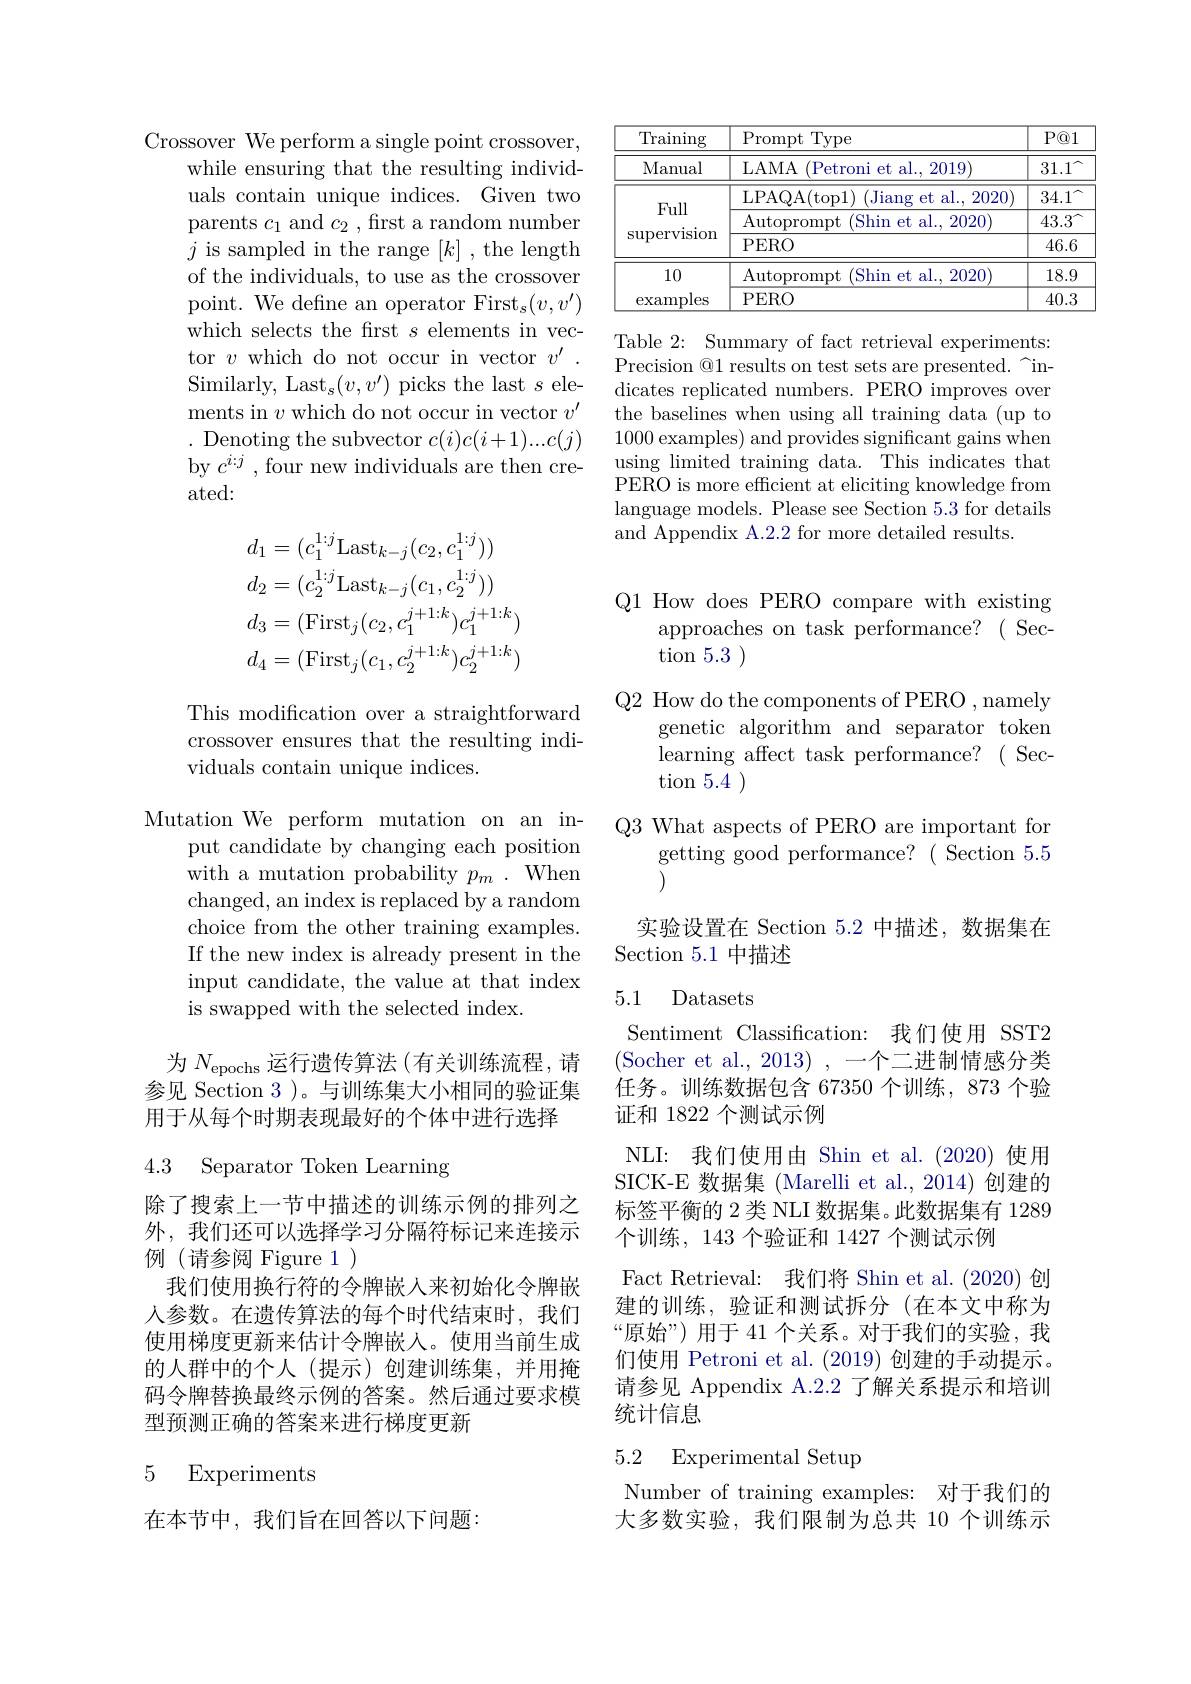
Crossover We perform a single point crossover,
while ensuring that the resulting individuals contain unique indices. Given two parents $c_1$ and $c_2$, first a random number $j$ is sampled in the range $[k]$ , the length of the individuals, to use as the crossover point. We define an operator First$_s(v,v^{\prime})$ which selects the first $s$ elements in vector $v$ which do not occur in vector $v^\prime$ Similarly, Last$_\mathrm{s}(v,v^{\prime})$ picks the last $s$ elements in $v$ which do not occur in vector $v^\prime$ . Denoting the subvector $c(i)c(i+1)...c(j)$ by $c^{i:j}$ , four new individuals are then created:
$$\begin{aligned}&d_{1}=(c_{1}^{1:j}\mathrm{Last}_{k-j}(c_{2},c_{1}^{1:j}))\\&d_{2}=(c_{2}^{1:j}\mathrm{Last}_{k-j}(c_{1},c_{2}^{1:j}))\\&d_{3}=(\mathrm{First}_{j}(c_{2},c_{1}^{j+1:k})c_{1}^{j+1:k})\\&d_{4}=(\mathrm{First}_{j}(c_{1},c_{2}^{j+1:k})c_{2}^{j+1:k})\end{aligned}$$
This modification over a straightforward crossover ensures that the resulting individuals contain unique indices.

Mutation We perform mutation on an in-
put candidate by changing each position with a mutation probability $p_m.$ When changed, an index is replaced by a random choice from the other training examples. If the new index is already present in the input candidate, the value at that index is swapped with the selected index.

为$N_\mathrm{epochs}$运行遗传算法 (有关训练流程，请参见 Section 3 )。与训练集大小相同的验证集用于从每个时期表现最好的个体中进行选择

4.3 Separator Token Learning

除了搜索上一节中描述的训练示例的排列之外，我们还可以选择学习分隔符标记来连接示例(请参阅 Figure 1)
我们使用换行符的令牌嵌人来初始化令牌嵌人参数。在遗传算法的每个时代结束时，我们使用梯度更新来估计令牌嵌入。使用当前生成的人群中的个人(提示)创建训练集，并用掩码令牌替换最终示例的答案。然后通过要求模型预测正确的答案来进行梯度更新

### 5 Experiments

在本节中，我们旨在回答以下问题：

<table>
	<tbody>
		<tr>
			<th>$\operatorname{Training}$</th>
			<th>Prompt ${\mathbf{t}}$Type</th>
			<th>$P@1$</th>
		</tr>
		<tr>
			<td>Manual</td>
			<td>LAMA (Petroni et al., 2019)</td>
			<td>$31.1^{\prime}$</td>
		</tr>
		<tr>
			<td> </td>
			<td>LPAQA( top1) (Jiang et al., 2020)</td>
			<td>34.1</td>
		</tr>
		<tr>
			<td rowspan="2">SUL supervlslon</td>
			<td>Autoprompt (Shin et al., 2020)</td>
			<td>43.3</td>
		</tr>
		<tr>
			<td>$PERO$</td>
			<td>46.6</td>
		</tr>
		<tr>
			<td>10</td>
			<td>Autoprompt Shin et al. 2020</td>
			<td>18.9</td>
		</tr>
		<tr>
			<td>examples</td>
			<td>PERO</td>
			<td>40.3</td>
		</tr>
	</tbody>
</table>

Table 2: Summary of fact retrieval experiments: Precision @1 results on test sets are presented.~~indicates replicated numbers. PERO improves over the baselines when using all training data (up to 1000 examples) and provides significant gains when using limited training data. This indicates that $\bar{\text{PERO is more efficient at eliciting knowledge from}}$ language models. Please see Section 5.3 for details and Appendix A.2.2 for more detailed results.

Q1 How does PERO compare with existing
approaches on task performance? ( Sec-
tion 5.3

Q2 How do the components of PERO , namely

genetic algorithm and separator token

learning affect task performance? ( Sec-

tion 5.4

Q3 What aspects of PERO are important for

getting good performance? ( Section 5.5

实验设置在 Section 5.2 中描述，数据集在

Section 5.1中描述

### 5.1 Datasets

Sentiment Classification: 我们使用 SST2 (Socher et al., 2013) , 一个二进制情感分类任务。训练数据包含 67350 个训练，873 个验证和 1822 个测试示例
NLI: 我们使用由 Shin et al. (2020) 使用SICK-E 数据集 (Marelli et al.,2014)创建的标签平衡的 2 类 NLI 数据集。此数据集有 1289个训练，143 个验证和 1427 个测试示例
Fact Retrieval: 我们将 Shin et al. (2020) 创建的训练，验证和测试拆分(在本文中称为“原始”) 用于 41 个关系。对于我们的实验，我们使用 Petroni et al. (2019)创建的手动提示。请参见 Appendix A.2.2 了解关系提示和培训统计信息

## 5.2 Experimental Setup

Number of training examples: 对于我们的大多数实验，我们限制为总共 10 个训练示